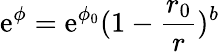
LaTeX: \mathrm{e}^{\phi}=\mathrm{e}^{\phi_{0}}(1-\frac{{r_{0}}}{{r}})^{b}